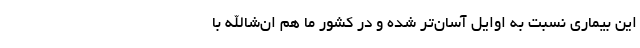
این بیماری نسبت به اوایل آسان‌تر شده و در کشور ما هم ان‌شاالله با